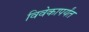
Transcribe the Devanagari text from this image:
विवेकापर्यंत